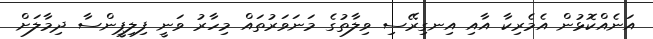
އަނެއްކޮޅުން އެމެރިކާ އާއި އިނގިރޭސި ވިލާތުގެ މަނަވަރުތައް މިހާރު ވަނީ ފިލިޕީންސާ ދިމާލަށް